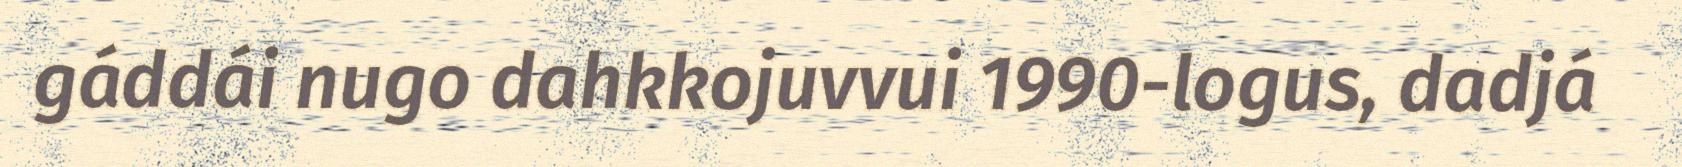
gáddái nugo dahkkojuvvui 1990-logus, dadjá